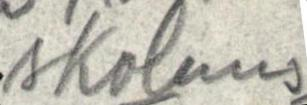
skolans-